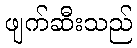
ဖျက်ဆီးသည်